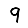
Digit: 9